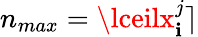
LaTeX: n_{max}=\lceilx_{\mathbf{i}}^{j}\rceil